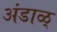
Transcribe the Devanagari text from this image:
अंडाळ्